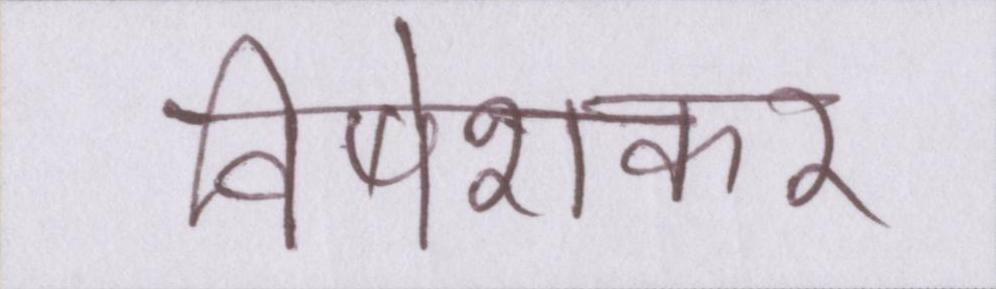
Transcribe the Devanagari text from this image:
विषेशकर